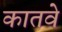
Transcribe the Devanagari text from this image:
कातवे